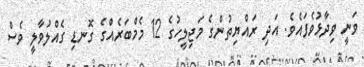
ވަނީ ވިދާޅުވެފައެވެ. އަދި ރައްޔިތުންގެ މަޖިލީހުގެ 12 މެމްބަރެއްގެ ގޮނޑި ގެއްލުވާލީ ވެސް